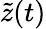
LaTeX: \tilde{z}(t)